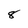
Character: 8